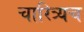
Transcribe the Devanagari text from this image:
चारित्र्यच